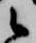
候